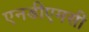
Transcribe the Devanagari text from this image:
एनडीएमसी